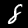
Label: 8